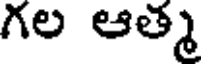
గల ఆత్మ